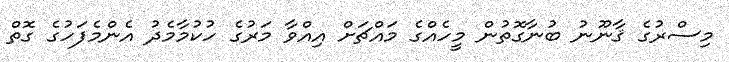
މިސްރުގެ ޤާނޫނު ބުނާގޮތުން މީހެއްގެ މައްޗަށް އިއްވާ މަރުގެ ހުކުމާމެދު އެންމެފަހުގެ ގޮތް